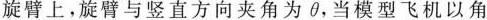
旋臂上。旋臂与竖直方向夹角为\theta，当模型飞机以角